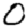
Digit: 0